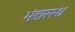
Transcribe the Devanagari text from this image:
भंडारस्थ